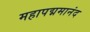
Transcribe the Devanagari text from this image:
महापद्ममानंद